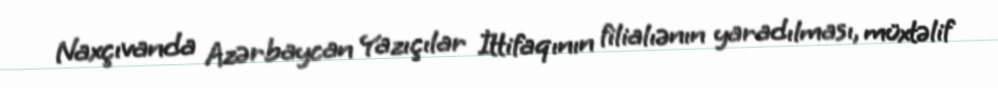
Naxçıvanda Azərbaycan Yazıçılar İttifaqının filialıənın yaradılması, müxtəlif